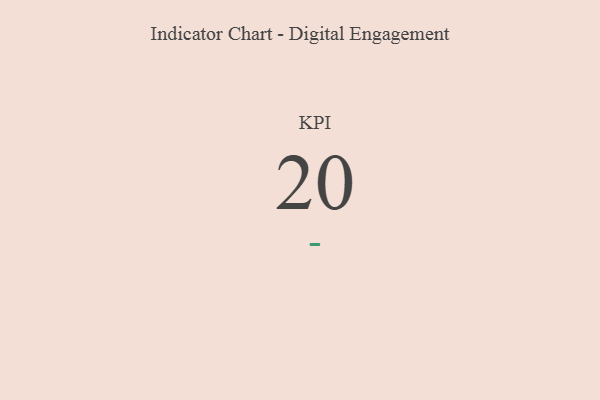
{"axis": {"x": "KPI", "y": "Value"}, "legend": [""], "data": [{"x": "KPI", "y": 20, "type": ""}]}